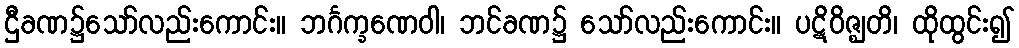
ဌီခဏ၌သော်လည်းကောင်း။ ဘင်္ဂက္ခဏေဝါ၊ ဘင်ခဏ၌ သော်လည်းကောင်း။ ပဋိဝိဇ္ဈတိ၊ ထိုထွင်း၍